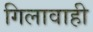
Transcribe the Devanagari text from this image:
गिलावाही